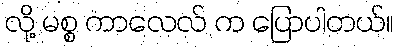
လို့ မစ္စ ကာလေလ် က ပြောပါတယ်။